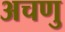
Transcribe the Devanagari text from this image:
अचणु